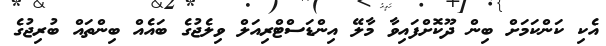
އެކި ކަންކަމަށް ބިން ދޫކޮށްފައިވާ މާލޭ އިންޑަސްޓްރިއަލް ވިލެޖުގެ ބައެއް ބިންތައް ބުރިޖުގެ